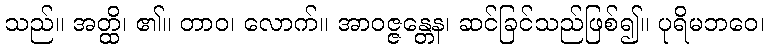
သည်။ အတ္ထိ၊ ၏။ တာဝ၊ လောက်။ အာဝဇ္ဇန္တေန၊ ဆင်ခြင်သည်ဖြစ်၍။ ပုရိမဘဝေ၊